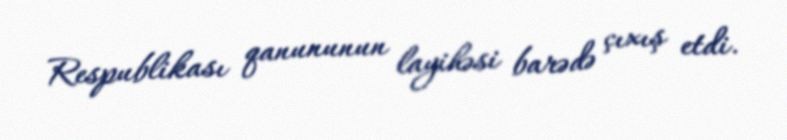
Respublikası qanununun layihəsi barədə çıxış etdi.